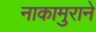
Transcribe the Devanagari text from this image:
नाकामुराने